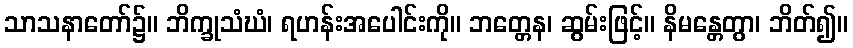
သာသနာတော်၌။ ဘိက္ခုသံဃံ၊ ရဟန်းအပေါင်းကို။ ဘတ္တေန၊ ဆွမ်းဖြင့်။ နိမန္တေတွာ၊ ဘိတ်၍။